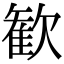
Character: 歓